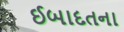
ઈબાદતના